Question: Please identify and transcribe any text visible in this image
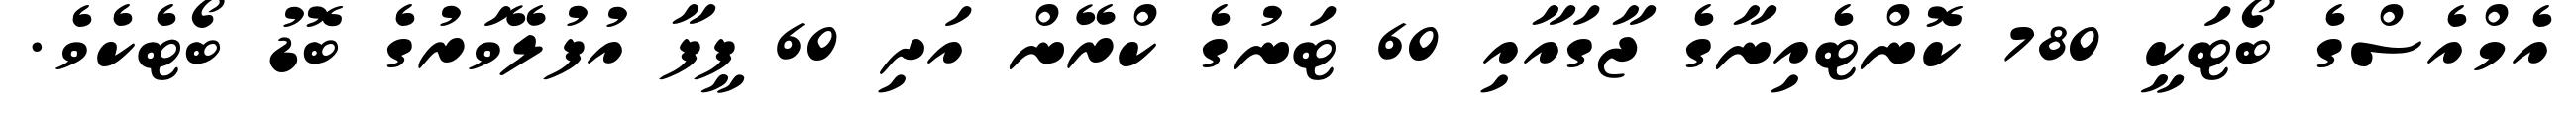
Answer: އެމްއެސްގެ ބޯޓަކީ 780 ކޮންޓެއިނާގެ ޖާގައާއި 60 ޓަނުގެ ކްރޭން އަދި 60 ފީފާ އުފުލޭވަރުގެ ބޮޑު ބޯޓެކެވެ.